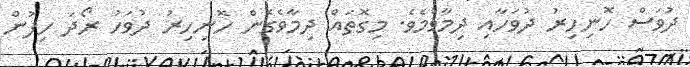
ދުވަސް ހޮނިހިރު ދުވަހާއި ދިމާވުމެވެ. މިގޮތައް ދިމާވެގެން ހޮނިހިރު ދުވަހު ރޯދަ ހިފުން